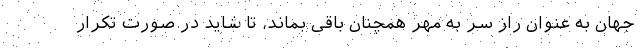
جهان به عنوان راز سر به مهر همچنان باقی بماند، تا شاید در صورت تکرار